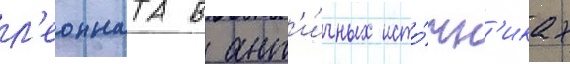
л'еонната в ант'и́чных исто́чн'иках